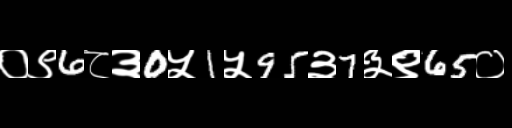
Text: ०९6८३0५1५95३7३९65०